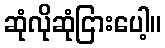
ဆုံလိုဆုံငြားပေါ့။